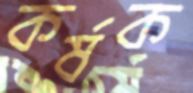
কর্ষক